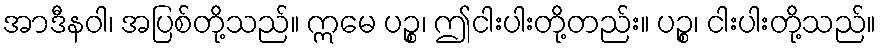
အာဒီနဝါ၊ အပြစ်တို့သည်။ ဣမေ ပဉ္စ၊ ဤငါးပါးတို့တည်း။ ပဉ္စ၊ ငါးပါးတို့သည်။